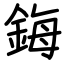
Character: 鋂